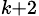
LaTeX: _{k+2}